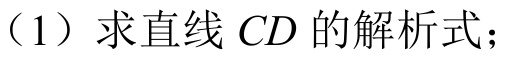
（1）求直线\(CD\)的解析式；